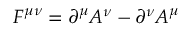
F ^ { \mu \nu } = \partial ^ { \mu } A ^ { \nu } - \partial ^ { \nu } A ^ { \mu }